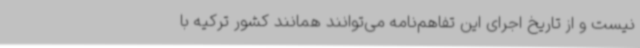
نیست و از تاریخ اجرای این تفاهم‌نامه می‌توانند همانند کشور ترکیه با